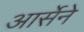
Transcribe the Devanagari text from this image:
आर्सेने